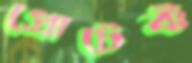
প্রোটেক্ট